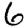
Digit: 6